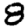
Digit: 8